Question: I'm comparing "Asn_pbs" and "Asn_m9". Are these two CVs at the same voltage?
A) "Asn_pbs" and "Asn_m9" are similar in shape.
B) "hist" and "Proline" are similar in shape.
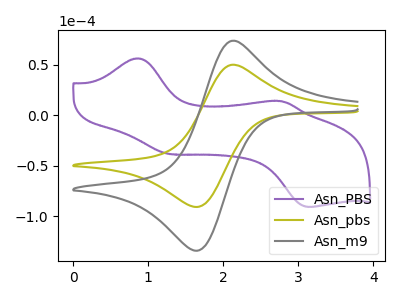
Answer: <think>The purple curve "Asn_PBS" has anodic peaks at (0.85V, 56.15uA) (2.80V, 13.75uA) and cathodic peaks at (1.25V, -38.30uA) (3.15V, -90.90uA). The olive curve "Asn_pbs" has an anodic peak at (2.10V, 49.80uA) and a cathodic peak at (1.65V, -90.95uA). The gray curve "Asn_m9" has an anodic peak at (2.10V, 73.50uA) and a cathodic peak at (1.65V, -134.30uA).
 All the peaks in "Asn_pbs" have a peak in "Asn_m9" at the same potential. Every peak in "Asn_pbs" is lower than every peak in "Asn_m9".</think>
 <answer>A) "Asn_pbs" and "Asn_m9" are similar in shape.</answer>
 <eval>A</eval>